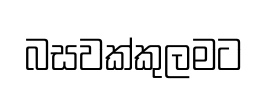
බසවක්කුලමට